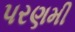
પરણમી